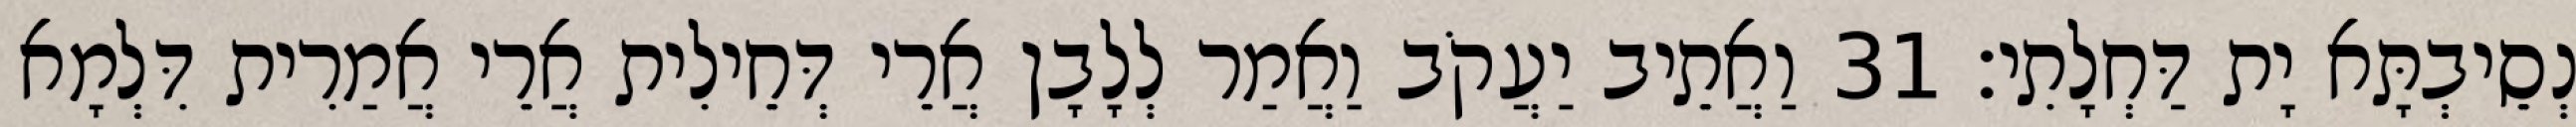
נְסֵיבְתָּא יָת דַּחְלָתִי׃ 31 וַאֲתֵיב יַעֲקֹב וַאֲמַר לְלָבָן אֲרֵי דְּחֵילִית אֲרֵי אֲמַרִית דִּלְמָא